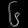
Digit: ၆